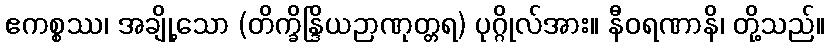
ဧကစ္စဿ၊ အချို့သော (တိက္ခိန္ဒြိယဉာဏုတ္တရ) ပုဂ္ဂိုလ်အား။ နီဝရဏာနိ၊ တို့သည်။